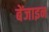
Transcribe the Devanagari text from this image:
बेंजाइन